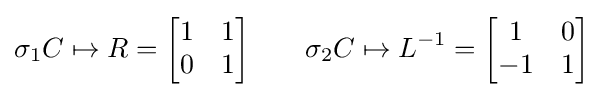
\sigma _{1}C\mapsto R={\begin{bmatrix}1&1\\0&1\end{bmatrix}}\qquad \sigma _{2}C\mapsto L^{-1}={\begin{bmatrix}1&0\\-1&1\end{bmatrix}}